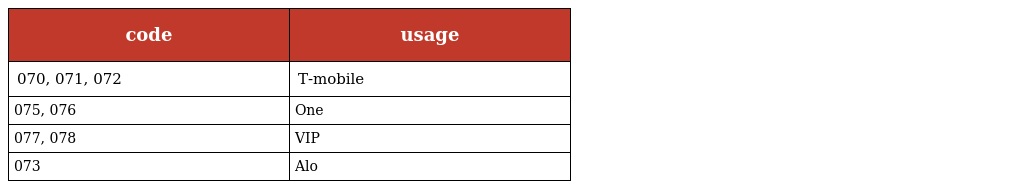
| code | usage |
 | --- | --- |
 | 070, 071, 072 | T-mobile |
 | 075, 076 | One |
 | 077, 078 | VIP |
 | 073 | Alo |